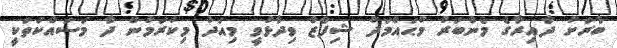
ބާރަށު ދާއިރާގެ މެންބަރު މުޙައްމަދު ޝިފާޒް ވިދާޅުވީ މިއަދު މިކުރަމުން ދާ މަސައްކަތަކީ